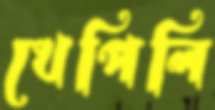
খেপিলি